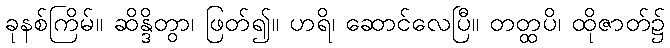
ခုနစ်ကြိမ်။ ဆိန္ဒိတွာ၊ ဖြတ်၍။ ဟရိ၊ ဆောင်လေပြီ။ တတ္ထပိ၊ ထိုဇာတ်၌